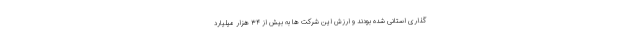
گذاری استانی شده بودند و ارزش این شرکت ها به بیش از ۳۴ هزار میلیارد